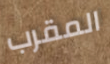
المقرب